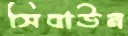
সিবাউন